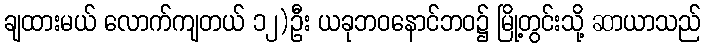
ချထားမယ် လောက်ကျတယ် ၁၂)ဦး ယခုဘဝနောင်ဘဝ၌ မြို့တွင်းသို့ ဆာယာသည်